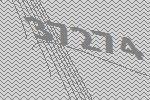
37274